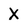
Character: X